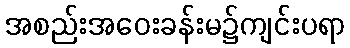
အစည်းအဝေးခန်းမ၌ကျင်းပရာ